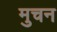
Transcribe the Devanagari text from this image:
मुचन